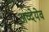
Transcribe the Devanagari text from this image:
अव्देयेव